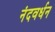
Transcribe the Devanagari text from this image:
नंदवर्धन